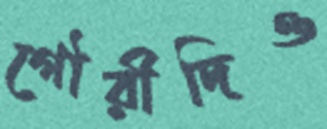
গৌরীদিও